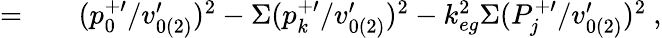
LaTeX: \begin{array}{rlr}{=}&{{}}&{(p_{0}^{+\prime}/v_{0(2)}^{\prime})^{2}-\Sigma(p_{k}^{+\prime}/v_{0(2)}^{\prime})^{2}-k_{eg}^{2}\Sigma(P_{j}^{+\prime}/v_{0(2)}^{\prime})^{2}~,}\end{array}